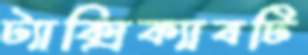
ট্যাক্সিক্যাবটি